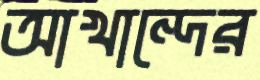
আখান্দের